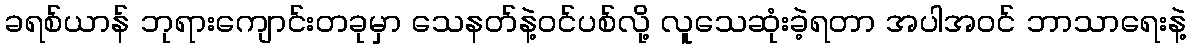
ခရစ်ယာန် ဘုရားကျောင်းတခုမှာ သေနတ်နဲ့ဝင်ပစ်လို့ လူသေဆုံးခဲ့ရတာ အပါအဝင် ဘာသာရေးနဲ့